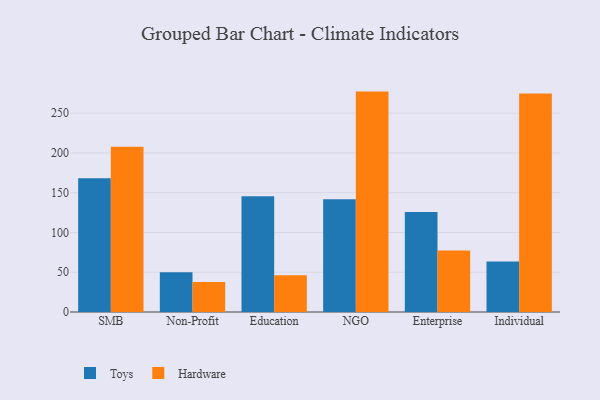
{"axis": {"x": "Segment", "y": "Inventory Turnover"}, "legend": ["Hardware", "Toys"], "data": [{"x": "SMB", "y": 168.3, "type": "Toys"}, {"x": "SMB", "y": 207.9, "type": "Hardware"}, {"x": "Non-Profit", "y": 50.1, "type": "Toys"}, {"x": "Non-Profit", "y": 37.7, "type": "Hardware"}, {"x": "Education", "y": 145.4, "type": "Toys"}, {"x": "Education", "y": 46.3, "type": "Hardware"}, {"x": "NGO", "y": 141.7, "type": "Toys"}, {"x": "NGO", "y": 277.1, "type": "Hardware"}, {"x": "Enterprise", "y": 125.7, "type": "Toys"}, {"x": "Enterprise", "y": 77.4, "type": "Hardware"}, {"x": "Individual", "y": 63.4, "type": "Toys"}, {"x": "Individual", "y": 274.7, "type": "Hardware"}]}